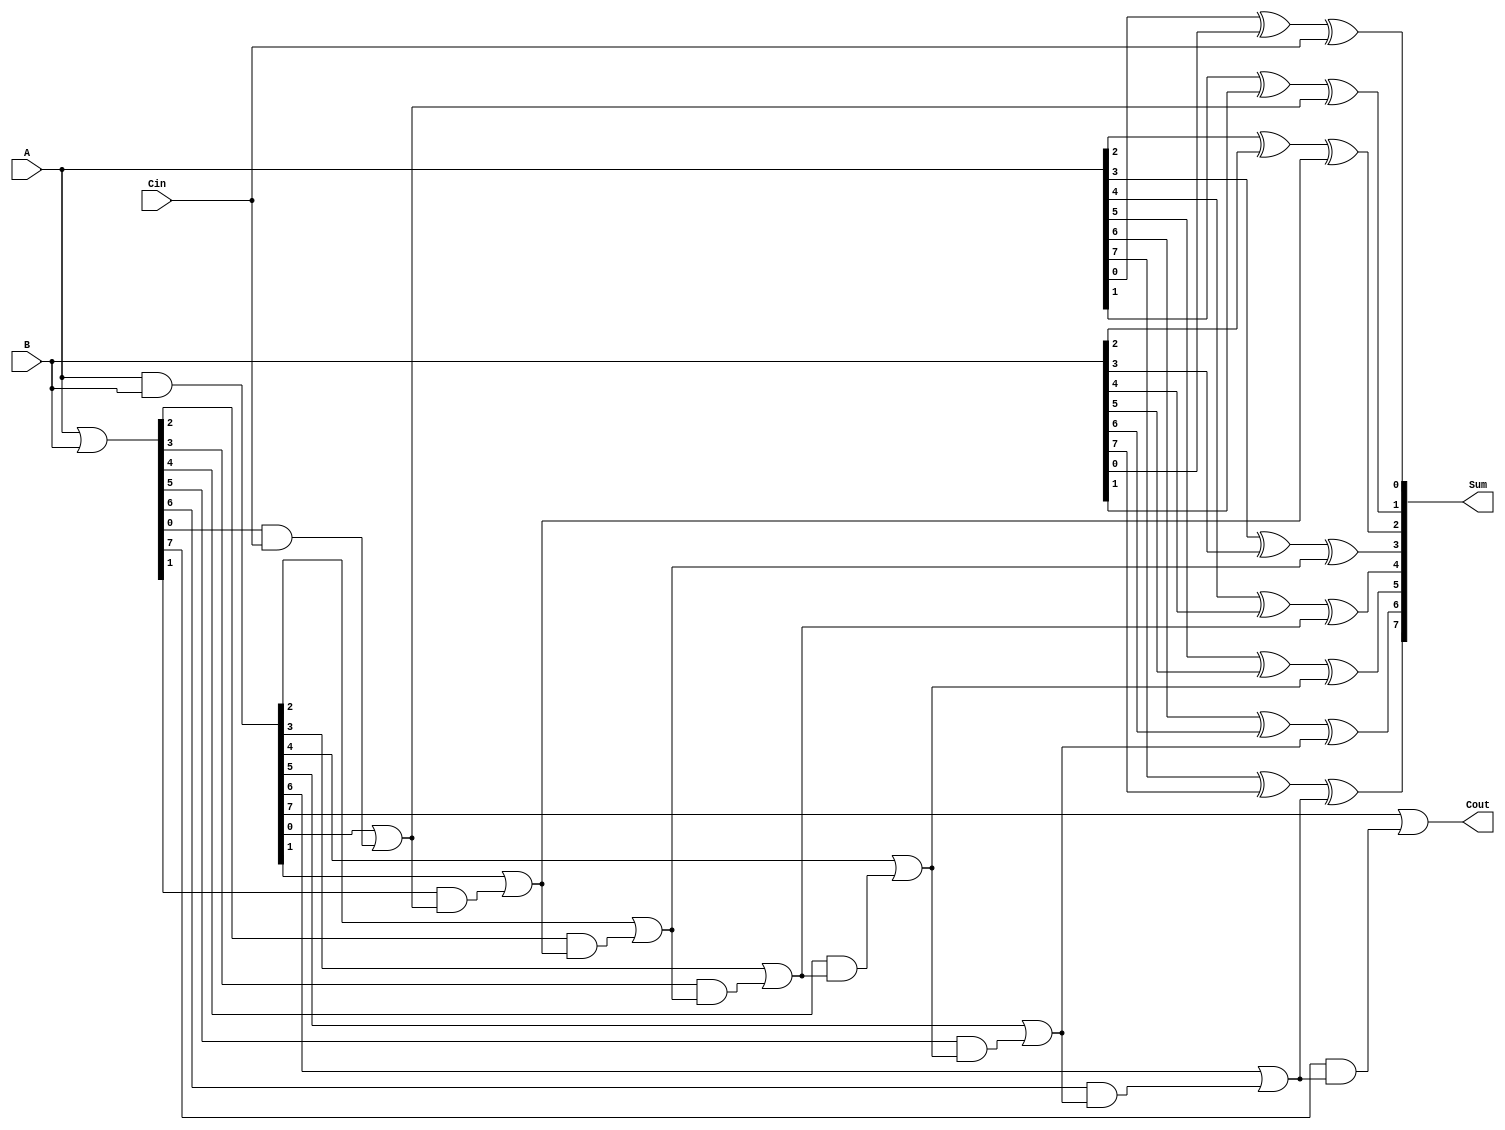
module ManchesterCarryChainAdder #(parameter n = 8) (
    input  [n-1:0] A,      // n-bit input A
    input  [n-1:0] B,      // n-bit input B
    input        Cin,      // Carry-in
    output [n-1:0] Sum,    // n-bit Sum output
    output       Cout      // Carry-out
);

    wire [n-1:0] G;        // Generate signals
    wire [n-1:0] P;        // Propagate signals
    wire [n:0] C;          // Carry signals

    // Generate and propagate logic
    assign G = A & B;      // Generate: G[i] = A[i] & B[i]
    assign P = A | B;      // Propagate: P[i] = A[i] | B[i]

    // Carry chain logic
    assign C[0] = Cin;     // Initial carry-in

    genvar i;
    generate
        for (i = 0; i < n; i = i + 1) begin: carry_chain
            assign C[i + 1] = G[i] | (P[i] & C[i]); // Carry-out for each stage
            assign Sum[i] = A[i] ^ B[i] ^ C[i];      // Sum calculation
        end
    endgenerate

    assign Cout = C[n];    // Final carry-out is the carry from the last bit

endmodule